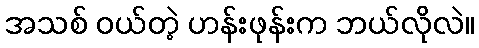
အသစ် ဝယ်တဲ့ ဟန်းဖုန်းက ဘယ်လိုလဲ။